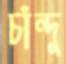
চাঁন্দু